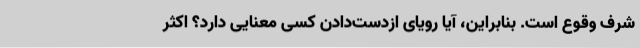
شرف وقوع است. بنابراین، آیا رویای ازدست‌دادن کسی معنایی دارد؟ اکثر